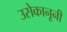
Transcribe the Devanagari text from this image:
उसेकानूनी